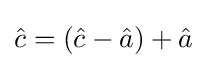
{\hat {c}}=({\hat {c}}-{\hat {a}})+{\hat {a}}